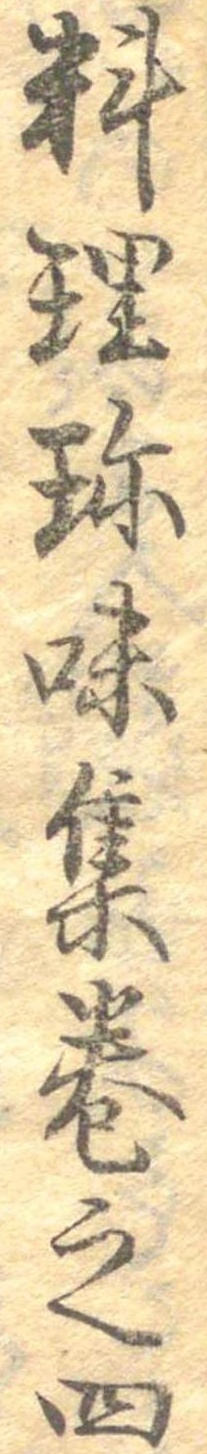
料理珍味集巻之四